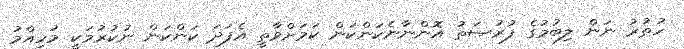
ހުތުރު ނަން ލިބުމުގެ ފުރުޞަތު އޮންނާނެކަންކަން ކަމަށްވާތީ އެފަދަ ކަންކަން ނުކުރުމަކީ މުހިއްމު